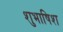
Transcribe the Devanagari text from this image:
शुभाषिश